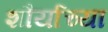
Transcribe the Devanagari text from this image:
शौर्याच्या